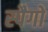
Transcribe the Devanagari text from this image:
स्पैगो